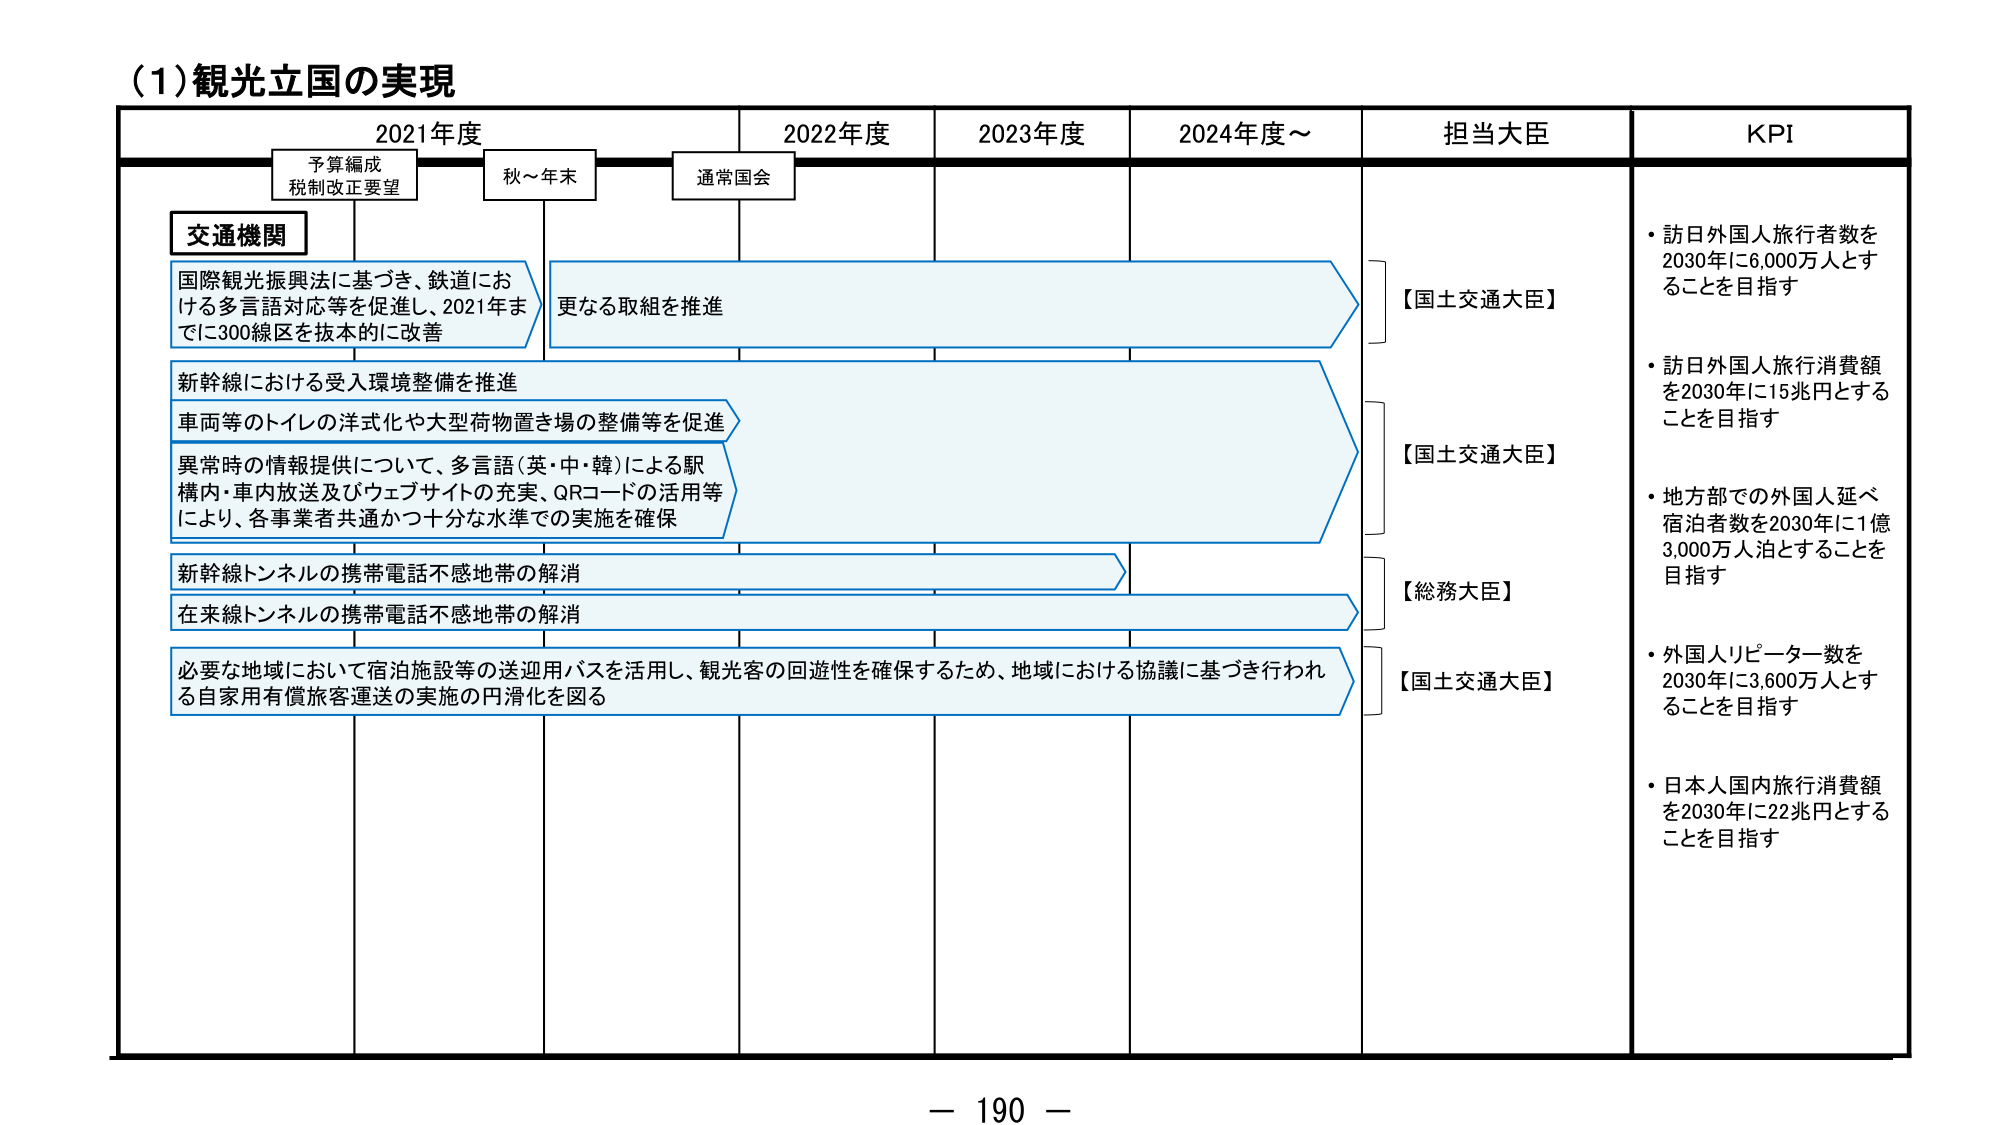
(1) 観光立国の実現

2021年度　　　　　2022年度　　　　2023年度　　　　2024年度～　　　担当大臣　　　　KPI

予算編成
税制改正要望　　　秋～年末　　　　通常国会

交通機関

国際観光振興法に基づき、鉄道にお
ける多言語対応等を促進し、2021年ま
でに300線区を抜本的に改善

更なる取組を推進

新幹線における受入環境整備を推進
車両等のトイレの洋式化や大型荷物置き場の整備等を促進
異常時の情報提供について、多言語（英・中・韓）による駅
構内・車内放送及びウェブサイトの充実、QRコードの活用等
により、各事業者共通かつ十分な水準での実施を確保

新幹線トンネルの携帯電話不感地帯の解消
在来線トンネルの携帯電話不感地帯の解消

必要な地域において宿泊施設等の送迎用バスを活用し、観光客の回遊性を確保するため、地域における協議に基づき行われ
る自家用有償旅客運送の実施の円滑化を図る

【国土交通大臣】
【国土交通大臣】
【総務大臣】
【国土交通大臣】

・訪日外国人旅行者数を
2030年に6,000万人とす
ることを目指す

・訪日外国人旅行消費額
を2030年に15兆円とする
ことを目指す

・地方部での外国人延べ
宿泊者数を2030年に1億
3,000万人泊とすることを
目指す

・外国人リピーター数を
2030年に3,600万人とす
ることを目指す

・日本人国内旅行消費額
を2030年に22兆円とする
ことを目指す

－ 190 －